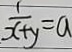
\frac { 1 } { x + y } = a